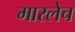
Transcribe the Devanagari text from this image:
मारलेच